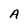
Character: A